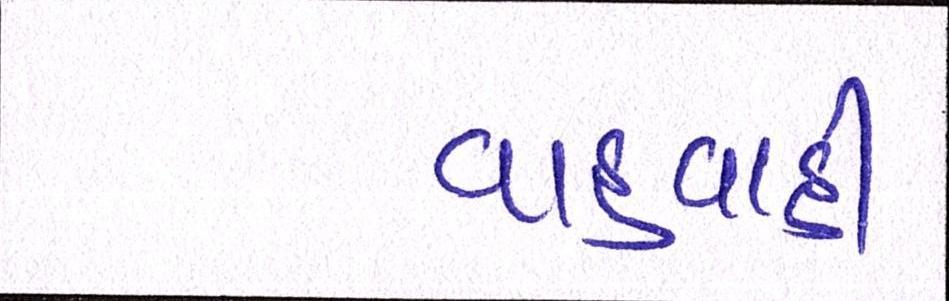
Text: વાહવાહી